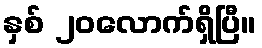
နှစ် ၂၀လောက်ရှိပြီ။